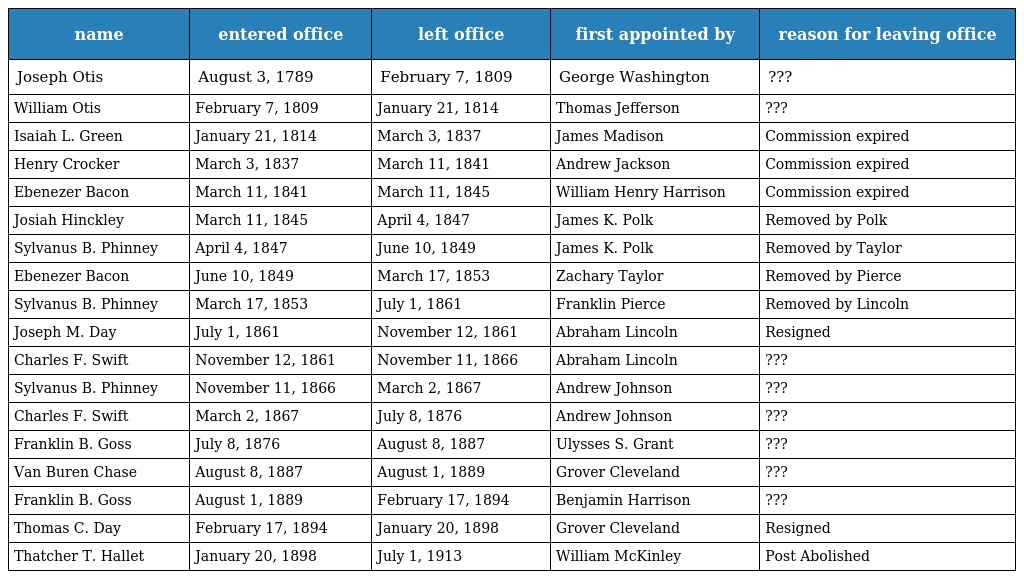
| name | entered office | left office | first appointed by | reason for leaving office |
 | --- | --- | --- | --- | --- |
 | Joseph Otis | August 3, 1789 | February 7, 1809 | George Washington | ??? |
 | William Otis | February 7, 1809 | January 21, 1814 | Thomas Jefferson | ??? |
 | Isaiah L. Green | January 21, 1814 | March 3, 1837 | James Madison | Commission expired |
 | Henry Crocker | March 3, 1837 | March 11, 1841 | Andrew Jackson | Commission expired |
 | Ebenezer Bacon | March 11, 1841 | March 11, 1845 | William Henry Harrison | Commission expired |
 | Josiah Hinckley | March 11, 1845 | April 4, 1847 | James K. Polk | Removed by Polk |
 | Sylvanus B. Phinney | April 4, 1847 | June 10, 1849 | James K. Polk | Removed by Taylor |
 | Ebenezer Bacon | June 10, 1849 | March 17, 1853 | Zachary Taylor | Removed by Pierce |
 | Sylvanus B. Phinney | March 17, 1853 | July 1, 1861 | Franklin Pierce | Removed by Lincoln |
 | Joseph M. Day | July 1, 1861 | November 12, 1861 | Abraham Lincoln | Resigned |
 | Charles F. Swift | November 12, 1861 | November 11, 1866 | Abraham Lincoln | ??? |
 | Sylvanus B. Phinney | November 11, 1866 | March 2, 1867 | Andrew Johnson | ??? |
 | Charles F. Swift | March 2, 1867 | July 8, 1876 | Andrew Johnson | ??? |
 | Franklin B. Goss | July 8, 1876 | August 8, 1887 | Ulysses S. Grant | ??? |
 | Van Buren Chase | August 8, 1887 | August 1, 1889 | Grover Cleveland | ??? |
 | Franklin B. Goss | August 1, 1889 | February 17, 1894 | Benjamin Harrison | ??? |
 | Thomas C. Day | February 17, 1894 | January 20, 1898 | Grover Cleveland | Resigned |
 | Thatcher T. Hallet | January 20, 1898 | July 1, 1913 | William McKinley | Post Abolished |